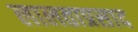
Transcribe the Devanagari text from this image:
लालताप्रसाद